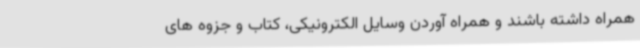
همراه داشته باشند و همراه آوردن وسایل الکترونیکی، کتاب و جزوه های